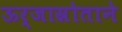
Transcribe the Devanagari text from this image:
ऊर्जास्रोताने